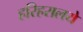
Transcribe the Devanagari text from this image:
हरिहरालये